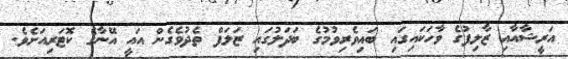
އަރީޝާއާއި ޒާލިފުގެ ވާހަކައިގައި ބައިވެރިވުމުގެ ބަދަލުގައި ޒަލަފް ތެދުވެގެން އައީ އޭނާގެ ކޮޓަރިއަށެވެ.